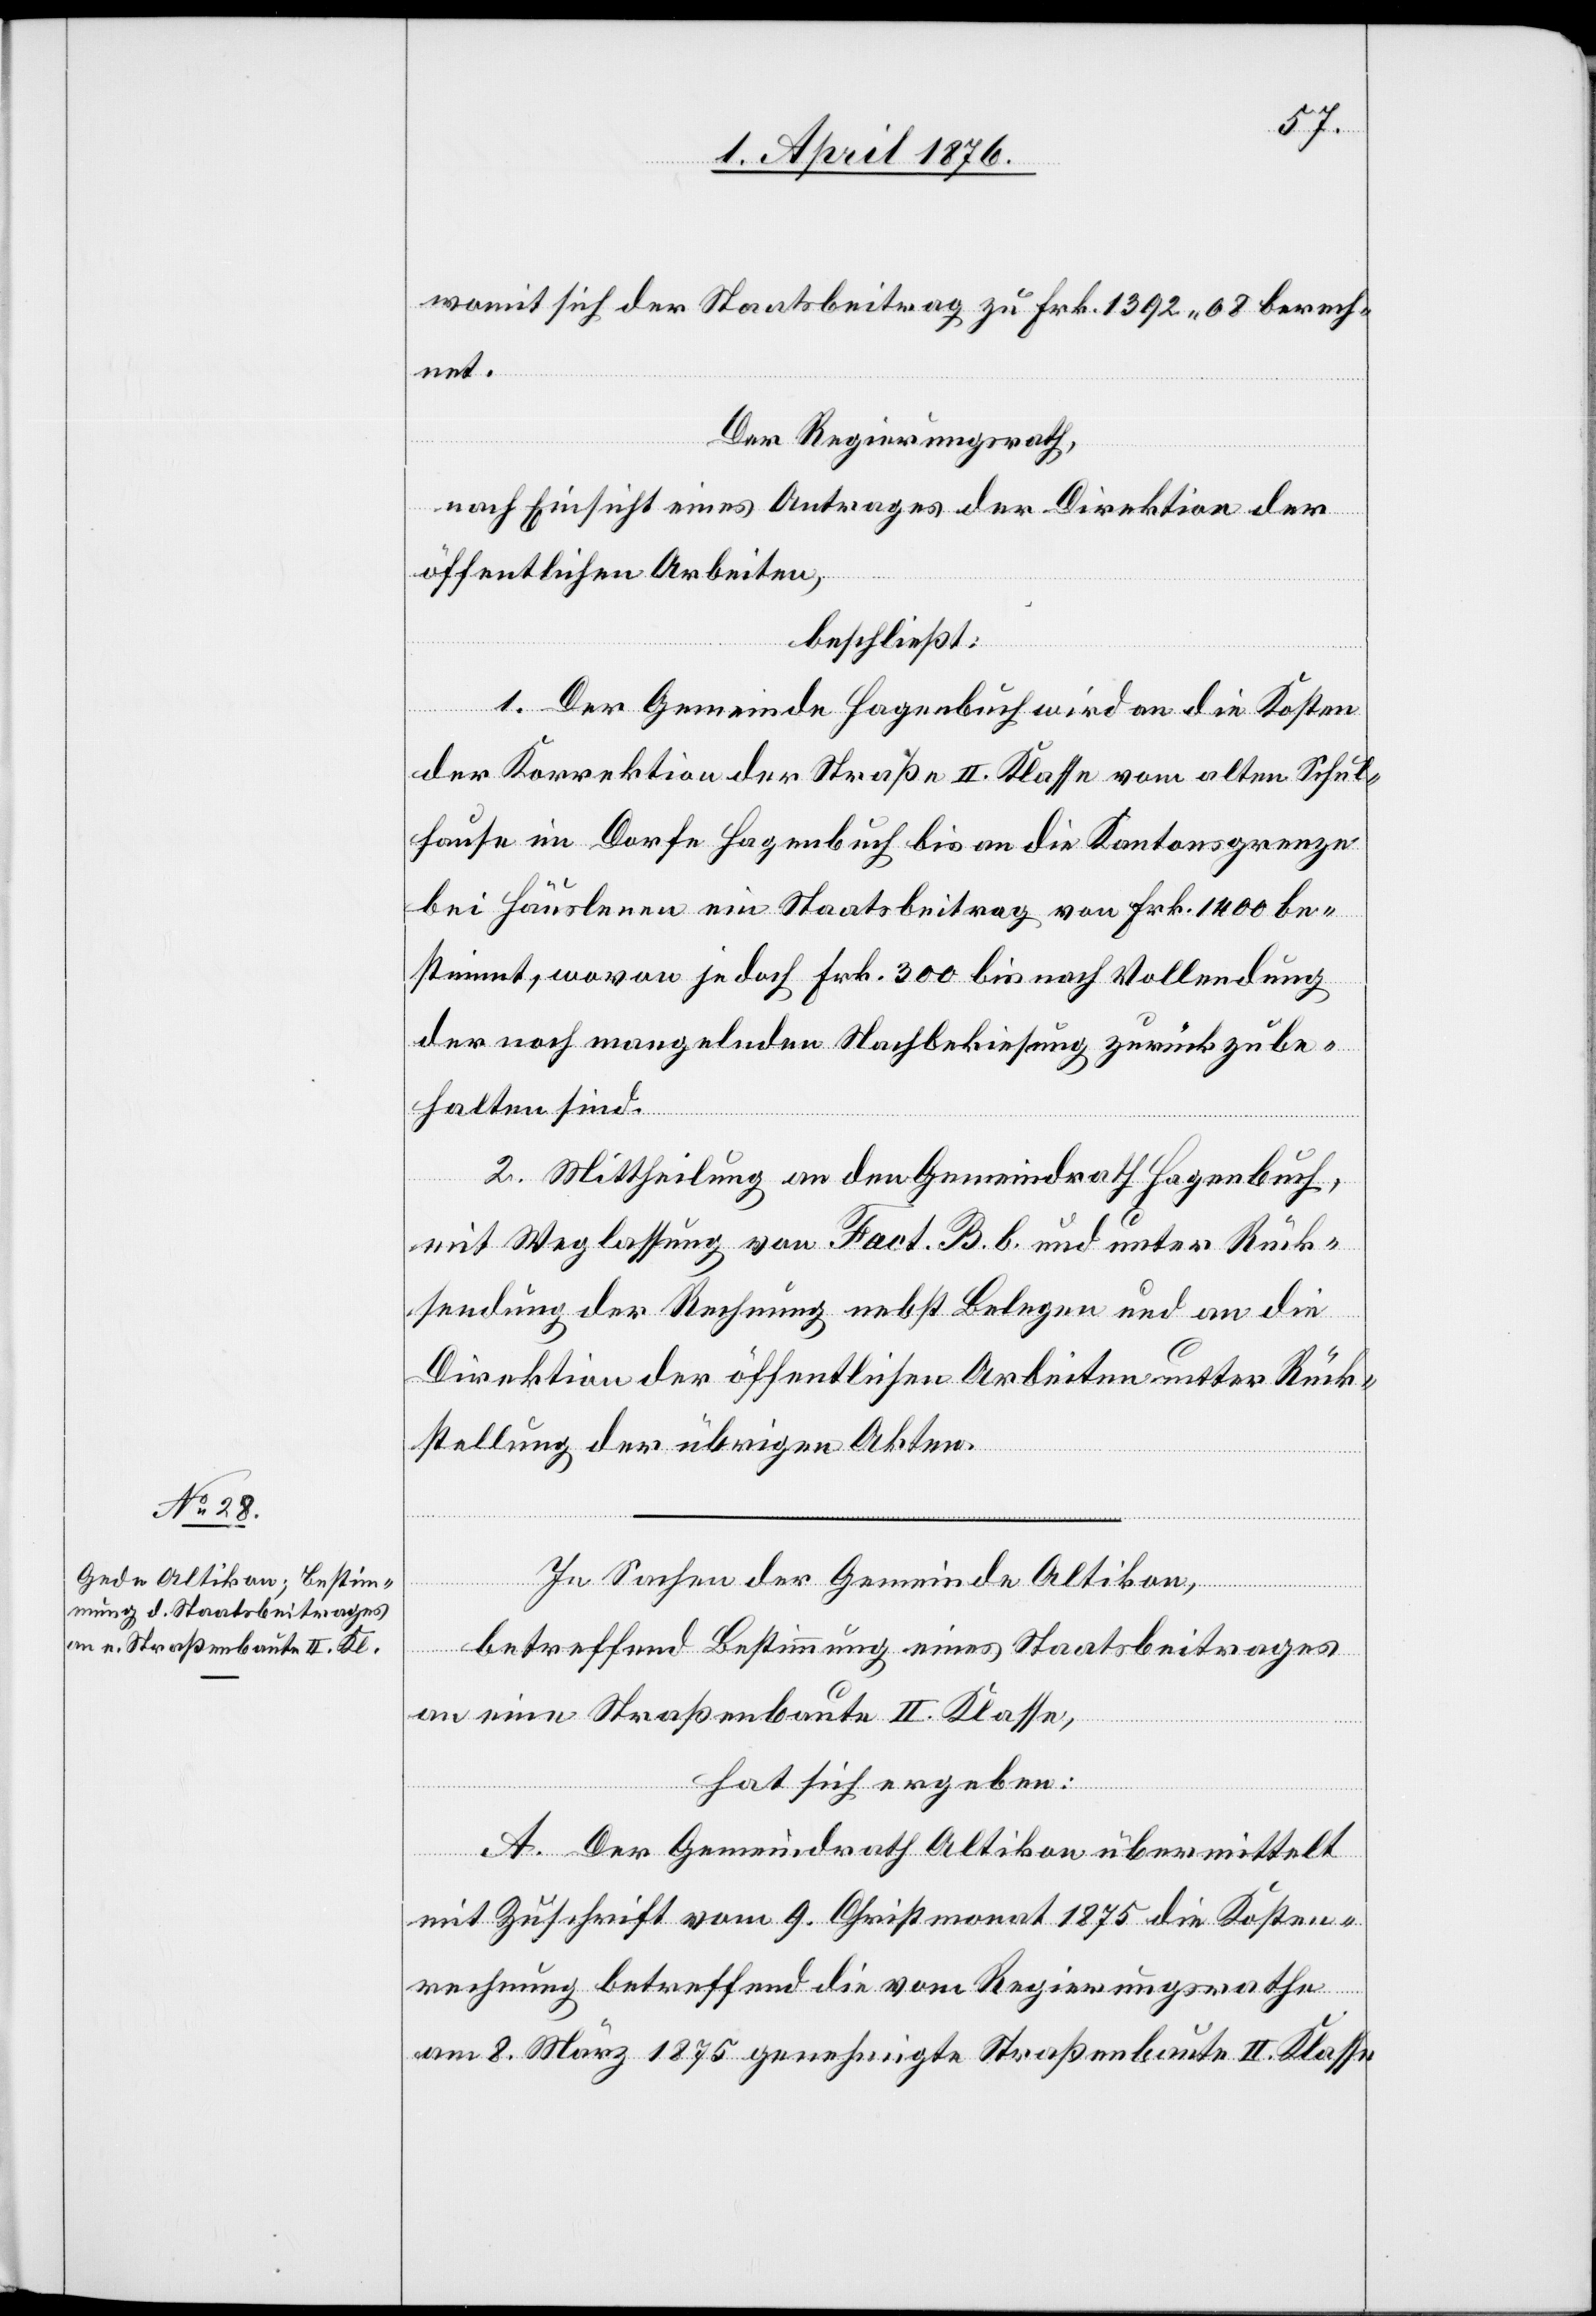
womit sich der Staatsbeitrag zu Frk. 1392 08 berech¬
net.
Der Regierungsrath,
nach Einsicht eines Antrages der Direktion der
öffentlichen Arbeiten,
beschließt:
1. Der Gemeinde Hagenbuch wird an die Kosten
der Korrektion der Straße II. Klasse vom alten Schul¬
hause im Dorfe Hagenbuch bis an die Kantonsgrenze
bei Häuslenen ein Staatsbeitrag von Frk. 1400 be¬
stimmt, wovon jedoch Frk. 300 bis nach Vollendung
der noch mangelnden Nachbekiesung zurück zu be¬
halten sind.
2. Mittheilung an den Gemeindrath Hagenbuch,
mit Weglassung von Fact. B. b. und unter Rück¬
sendung der Rechnung nebst Belegen und an die
Direktion der öffentlichen Arbeiten unter Rück¬
stellung der übrigen Akten.